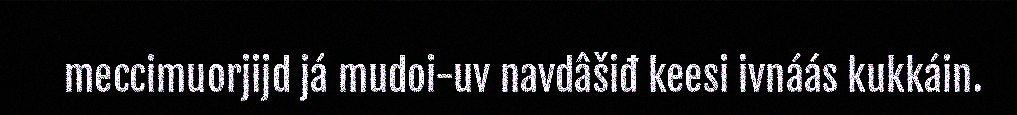
meccimuorjijd já mudoi-uv navdâšiđ keesi ivnáás kukkáin.